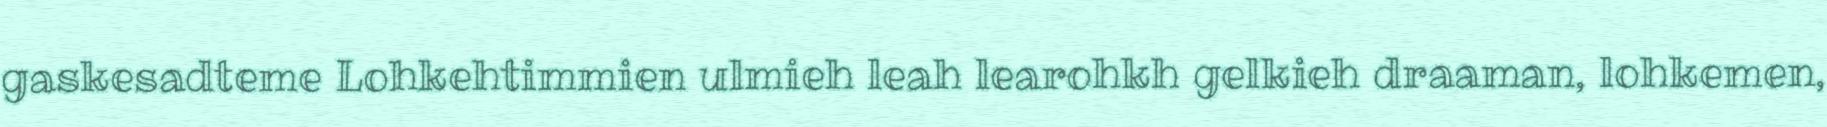
gaskesadteme Lohkehtimmien ulmieh leah learohkh gelkieh draaman, lohkemen,